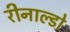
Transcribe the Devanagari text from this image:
रीनाल्डो